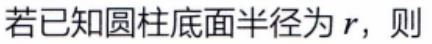
若已知圆柱底面半径为\(r\)，则